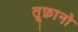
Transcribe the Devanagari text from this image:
तूफ़ानो